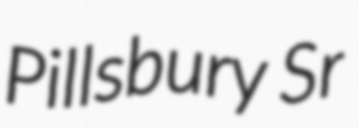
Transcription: Pillsbury Sr